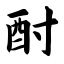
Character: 酎